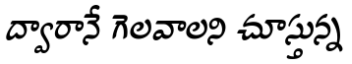
ద్వారానే గెలవాలని చూస్తున్న